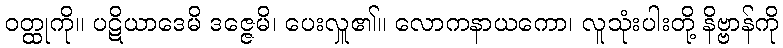
ဝတ္ထုကို။ ပဋိယာဒေမိ ဒဇ္ဇေမိ၊ ပေးလှူ၏။ လောကနာယကော၊ လူသုံးပါးတို့ နိဗ္ဗာန်ကို